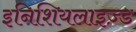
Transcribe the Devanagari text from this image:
इनिशियलाइज़्ड